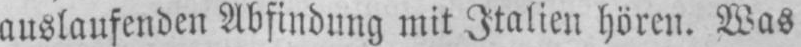
auslaufenden Abfindung mit Italien hören. Was